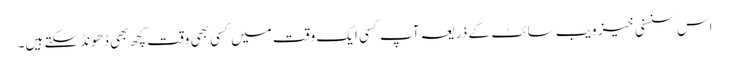
اس سنسنی خیز ویب سائٹ کے ذریعہ آپ کسی ایک وقت میں کسی بھی وقت کچھ بھی ڈھونڈ سکتے ہیں۔